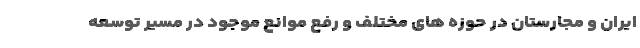
ایران و مجارستان در حوزه های مختلف و رفع موانع موجود در مسیر توسعه